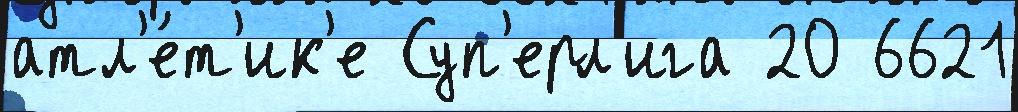
атл'е́т'ик'е Суп'ерл'ига 20 6621